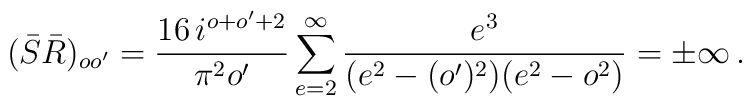
(\bar{S}\bar{R})_{oo^{\prime }}={\frac{16\,i^{o+o^{\prime }+2}}{\pi^{2}o^{\prime }}}\sum_{e=2}^{\infty }{\frac{e^{3}}{(e^2-(o^{\prime})^{2})(e^2-o^{2})}}=\pm \infty \,.